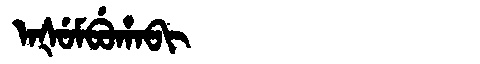
Manchu: ᠠᡧᡠᠮᠪᡠᡥᠠᠪᡳ
Romanization: AŠUMBUHABI